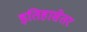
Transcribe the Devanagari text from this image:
इतिहासेतर